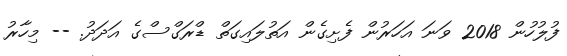
ފުލުހުން 2018 ވަނަ އަހަރުން ފެށިގެން އަތުލައިގަތް ޑްރަގްސްގެ އަދަދު. -- މިހާރު